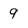
Character: 9